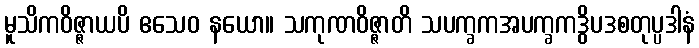
မူသိကဝိဇ္ဇာယပိ ဧသေဝ နယော။ သကုဏဝိဇ္ဇာတိ သပက္ခကအပက္ခကဒွိပဒစတုပ္ပဒါနံ